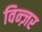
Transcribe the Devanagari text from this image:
विन्ज़र